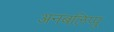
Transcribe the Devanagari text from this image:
अनबलिप्पु